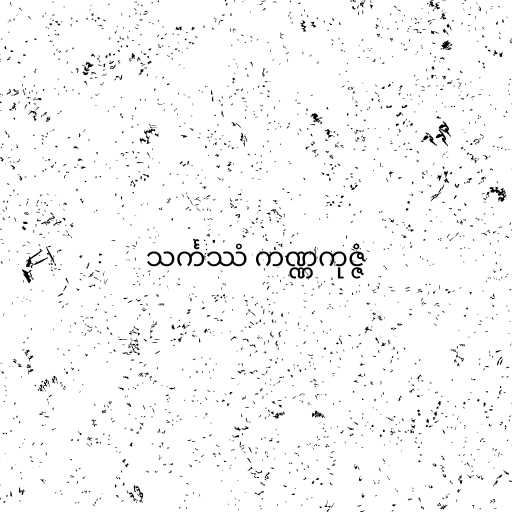
သင်္ကဿံ ကဏ္ဏကုဇ္ဇံ